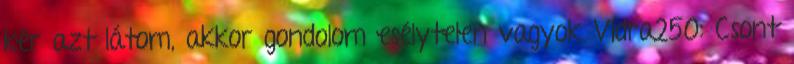
kér azt látom, akkor gondolom esélytelen vagyok Vidra250: Csont